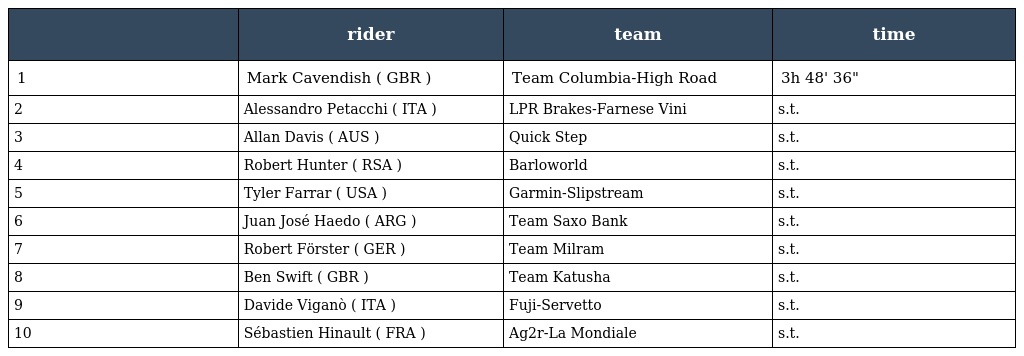
|  | rider | team | time |
 | --- | --- | --- | --- |
 | 1 | Mark Cavendish ( GBR ) | Team Columbia-High Road | 3h 48' 36" |
 | 2 | Alessandro Petacchi ( ITA ) | LPR Brakes-Farnese Vini | s.t. |
 | 3 | Allan Davis ( AUS ) | Quick Step | s.t. |
 | 4 | Robert Hunter ( RSA ) | Barloworld | s.t. |
 | 5 | Tyler Farrar ( USA ) | Garmin-Slipstream | s.t. |
 | 6 | Juan José Haedo ( ARG ) | Team Saxo Bank | s.t. |
 | 7 | Robert Förster ( GER ) | Team Milram | s.t. |
 | 8 | Ben Swift ( GBR ) | Team Katusha | s.t. |
 | 9 | Davide Viganò ( ITA ) | Fuji-Servetto | s.t. |
 | 10 | Sébastien Hinault ( FRA ) | Ag2r-La Mondiale | s.t. |